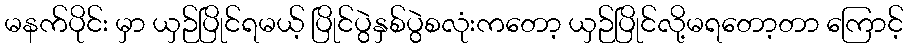
မနက်ပိုင်း မှာ ယှဉ်ပြိုင်ရမယ့် ပြိုင်ပွဲနှစ်ပွဲစလုံးကတော့ ယှဉ်ပြိုင်လို့မရတော့တာ ကြောင့်